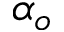
\alpha _ { o }